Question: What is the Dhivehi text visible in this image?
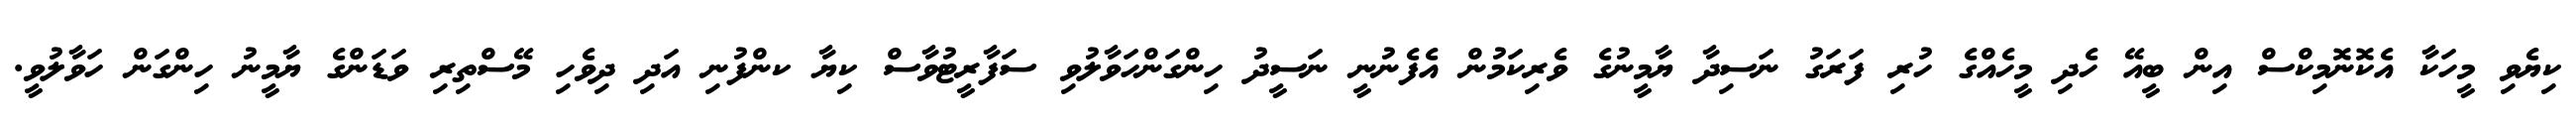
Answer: ކިޔެވި މީހަކާ އެކޮނޮމިކްސް އިން ބީއޭ ހެދި މީހެއްގެ ހުރި ފަރަގު ނަސިދާ ޔާމީނުގެ ވެރިކަމުން އެފެނުނީ ނަސީދު ހިންގަންހަވާލުވި ސަފާރީޓުވާސް ކިޔާ ކންފުނި އަދި ދިވެހި މޭސްތިރި ވަޑަންގެ ޔާމީނު ހިންގަން ހަވާލުވީ.